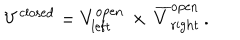
LaTeX: V ^ { \mathrm { c l o s e d } } = V _ { \mathrm { l e f t } } ^ { \mathrm { o p e n } } \, \times \, \overline { { { V } } } _ { \mathrm { r i g h t } } ^ { \mathrm { o p e n } } \, .